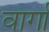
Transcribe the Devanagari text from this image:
वार्गा